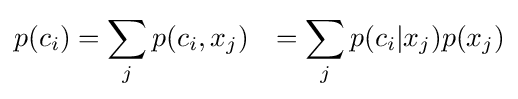
{\begin{aligned}p(c_{i})&=\sum _{j}p(c_{i},x_{j})&=\sum _{j}p(c_{i}|x_{j})p(x_{j})\end{aligned}}